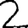
Digit: 2